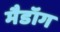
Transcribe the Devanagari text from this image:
मैडॉग